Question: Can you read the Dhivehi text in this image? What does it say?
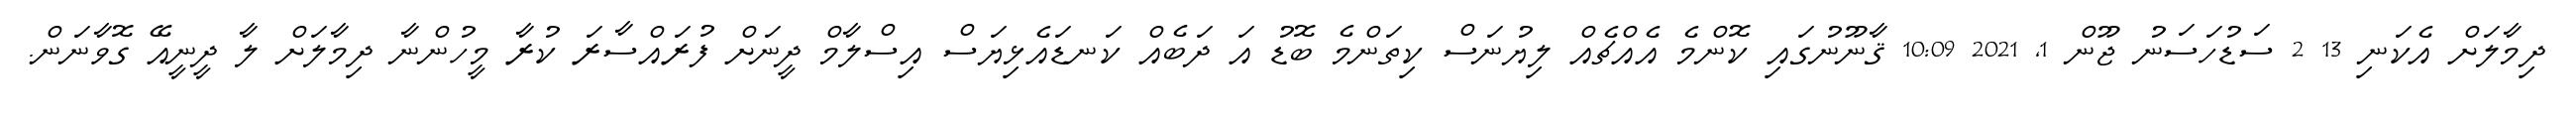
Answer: ދިމާލަށް އެކަނި 13 2 ސަޑުހަސަނު ޖޫން 1, 2021 10:09 ޤާނޫނުގައި ކޮންމެ އެއްޗެއް ލިޔުނަސް ކިތަންމެ ބޮޑު އަ ދަބެއް ކަނޑައެޅިޔަސް އިސްލާމް ދީނަށް ފުރައްސާރަ ކުރާ މީހުންނާ ދިމާލަށް ލާ ދީނީއޭ ގޮވާނަން.